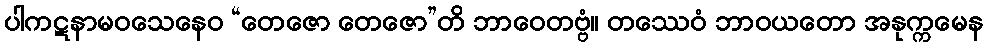
ပါကဋနာမဝသေနေဝ “တေဇော တေဇော”တိ ဘာဝေတဗ္ဗံ။ တဿေဝံ ဘာဝယတော အနုက္ကမေန